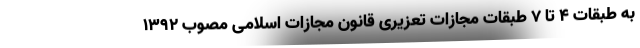
به طبقات ۴ تا ۷ طبقات مجازات تعزیری قانون مجازات اسلامی مصوب ۱۳۹۲